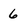
Character: 6